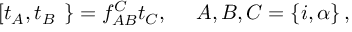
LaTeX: \left[ t _ { A } , t _ { B } \right. \left. \right\} = f _ { A B } ^ { C } t _ { C } , \ \ \ \ A , B , C = \left\{ i , \alpha \right\} ,